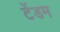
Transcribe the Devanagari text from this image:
टेंडम